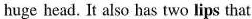
huge head. It also has two lips that